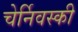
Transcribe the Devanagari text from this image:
चेर्निवस्की